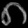
Digit: ၈